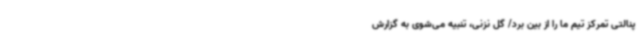
پنالتی تمرکز تیم ما را از بین برد/ گل نزنی، تنبیه می‌شوی به گزارش